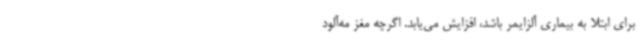
برای ابتلا به بیماری آلزایمر باشد، افزایش می‌یابد. اگرچه مغز مه‌آلود